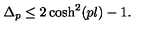
\Delta _ { p } \leq 2 \cosh ^ { 2 } ( p l ) - 1 .